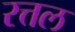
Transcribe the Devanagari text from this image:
रत्तल